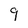
Character: 9